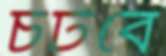
চটবে